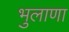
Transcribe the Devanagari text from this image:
भुलाणा